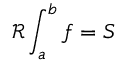
{ \mathcal { R } } \int _ { a } ^ { b } f = S